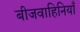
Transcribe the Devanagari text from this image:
बीजवाहिनियाँ